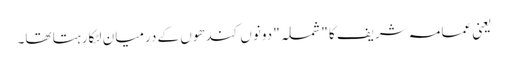
یعنی عمامہ شریف کا "شملہ" دونوں کندھوں کے درمیان لٹکارہتا تھا۔